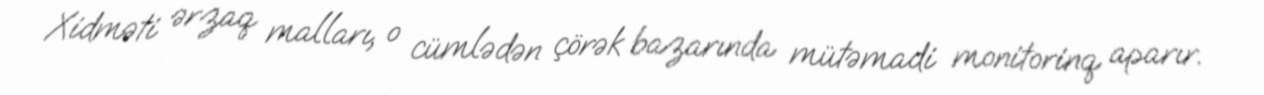
Xidməti ərzaq malları, o cümlədən çörək bazarında mütəmadi monitorinq aparır.